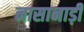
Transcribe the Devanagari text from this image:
नासानाड़ी